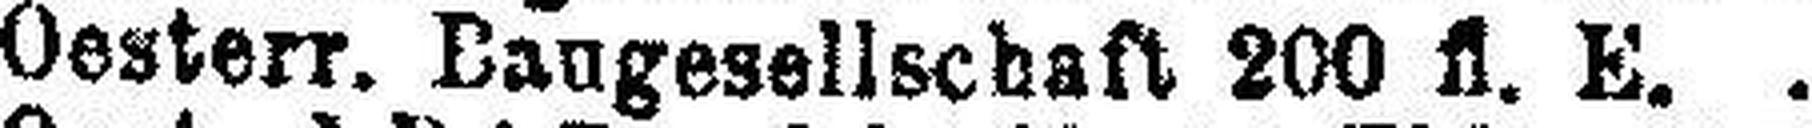
Oesterr. Baugesellschaft 200 fl. E.